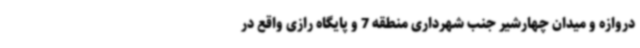
دروازه و میدان چهارشیر جنب شهرداری منطقه 7 و پایگاه رازی واقع در